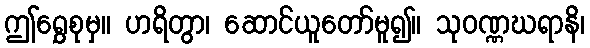
ဤရွှေစုမှ။ ဟရိတွာ၊ ဆောင်ယူတော်မူ၍။ သုဝဏ္ဏဃရာနိ၊